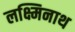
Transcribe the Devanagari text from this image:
लक्ष्मिनाथ